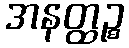
အနတ္ထဉ္စ